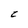
Character: C